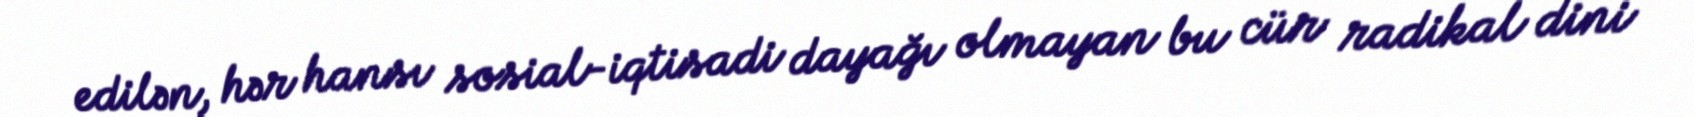
edilən, hər hansı sosial-iqtisadi dayağı olmayan bu cür radikal dini